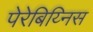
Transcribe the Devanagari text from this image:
पेरेबिय्निस